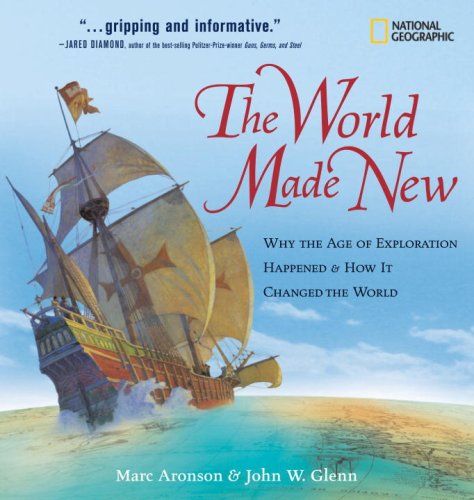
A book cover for The World Made New: Why the Age of Exploration Happened and How It Changed the World (Timelines of American History); Marc Aronson; Children's Books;